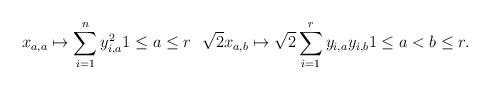
LaTeX: \begin{align*}x_{a,a}\mapsto \sum_{i=1}^ny_{i,a}^21\leq a\leq r\ \ \sqrt{2}x_{a,b}\mapsto \sqrt{2}\sum_{i=1}^r y_{i,a}y_{i,b}1\leq a<b\leq r.\end{align*}